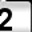
Digit: 2